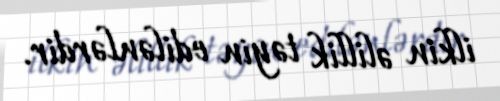
ilkin əlillik təyin edilənlərdir.